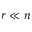
r \ll n